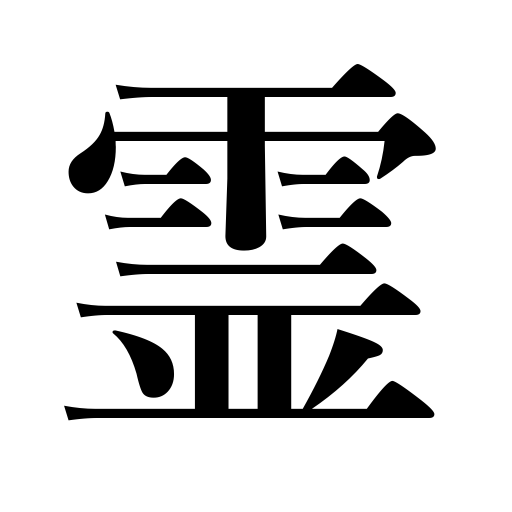
Meanings: soul,spirit